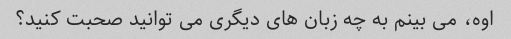
اوه، می بینم به چه زبان های دیگری می توانید صحبت کنید؟